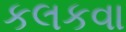
કલકવા